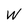
Character: W